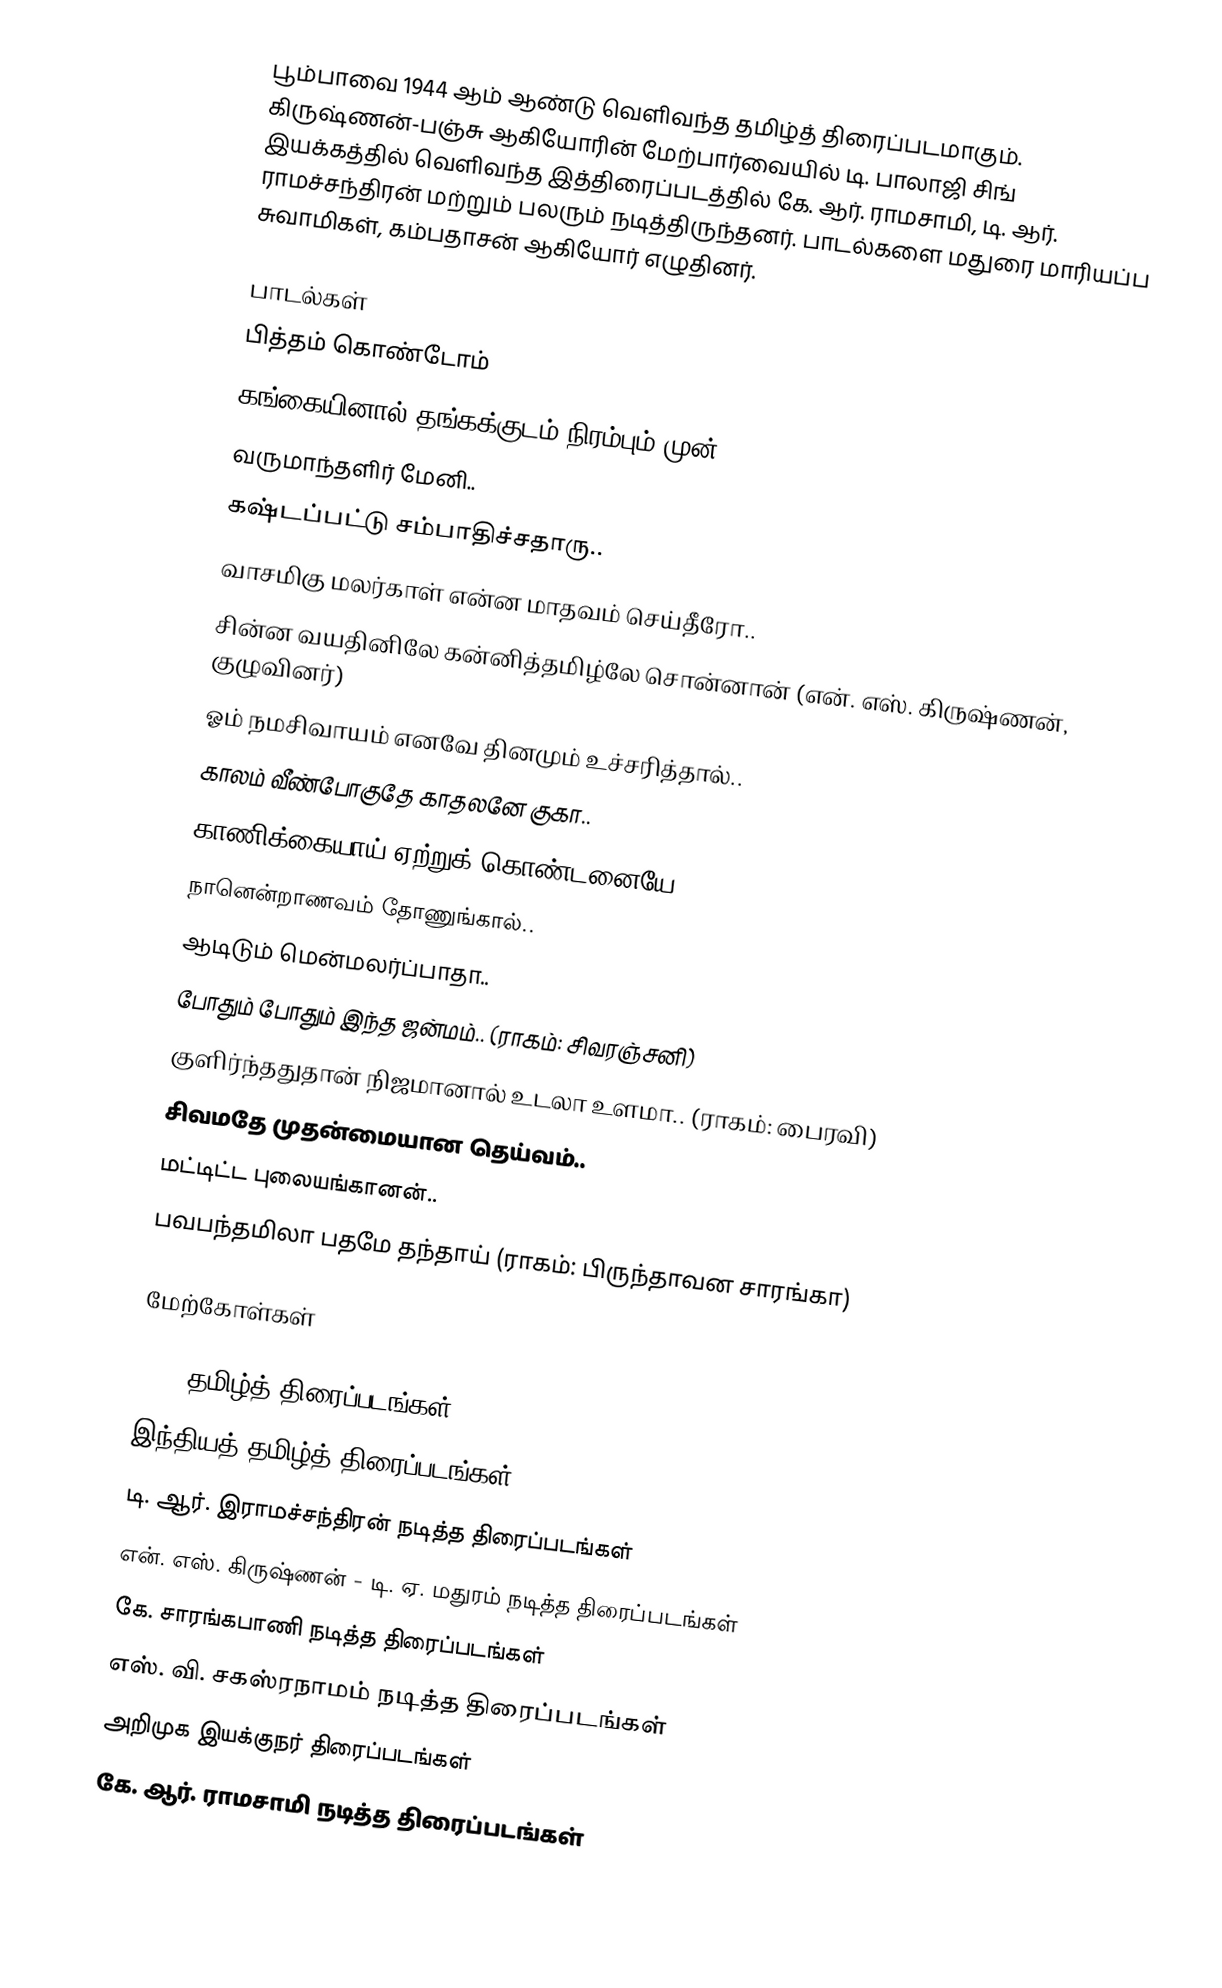
பூம்பாவை 1944 ஆம் ஆண்டு வெளிவந்த தமிழ்த் திரைப்படமாகும். கிருஷ்ணன்-பஞ்சு ஆகியோரின் மேற்பார்வையில் டி. பாலாஜி சிங் இயக்கத்தில் வெளிவந்த இத்திரைப்படத்தில் கே. ஆர். ராமசாமி, டி. ஆர். ராமச்சந்திரன் மற்றும் பலரும் நடித்திருந்தனர். பாடல்களை மதுரை மாரியப்ப சுவாமிகள், கம்பதாசன் ஆகியோர் எழுதினர்.

பாடல்கள்
பித்தம் கொண்டோம்
கங்கையினால் தங்கக்குடம் நிரம்பும் முன்..
வருமாந்தளிர் மேனி..
கஷ்டப்பட்டு சம்பாதிச்சதாரு..
வாசமிகு மலர்காள் என்ன மாதவம் செய்தீரோ..
சின்ன வயதினிலே கன்னித்தமிழ்லே சொன்னான் (என். எஸ். கிருஷ்ணன், குழுவினர்)
ஓம் நமசிவாயம் எனவே தினமும் உச்சரித்தால்..
காலம் வீண்போகுதே காதலனே குகா..
காணிக்கையாய் ஏற்றுக் கொண்டனையே..
நானென்றாணவம் தோணுங்கால்..
ஆடிடும் மென்மலர்ப்பாதா..
போதும் போதும் இந்த ஜன்மம்.. (ராகம்: சிவரஞ்சனி)
குளிர்ந்ததுதான் நிஜமானால் உடலா உளமா.. (ராகம்: பைரவி)
சிவமதே முதன்மையான தெய்வம்..
மட்டிட்ட புலையங்கானன்..
பவபந்தமிலா பதமே தந்தாய் (ராகம்: பிருந்தாவன சாரங்கா)

மேற்கோள்கள்

1944 தமிழ்த் திரைப்படங்கள்
இந்தியத் தமிழ்த் திரைப்படங்கள்
டி. ஆர். இராமச்சந்திரன் நடித்த திரைப்படங்கள்
என். எஸ். கிருஷ்ணன் - டி. ஏ. மதுரம் நடித்த திரைப்படங்கள்
கே. சாரங்கபாணி நடித்த திரைப்படங்கள்
எஸ். வி. சகஸ்ரநாமம் நடித்த திரைப்படங்கள்
அறிமுக இயக்குநர் திரைப்படங்கள்
கே. ஆர். ராமசாமி நடித்த திரைப்படங்கள்